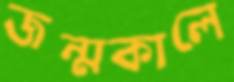
জন্মকালে